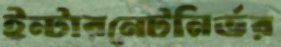
ইন্টারনেটনির্ভর